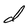
Character: d